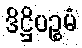
ဒိဋ္ဌိပဉ္စမံ